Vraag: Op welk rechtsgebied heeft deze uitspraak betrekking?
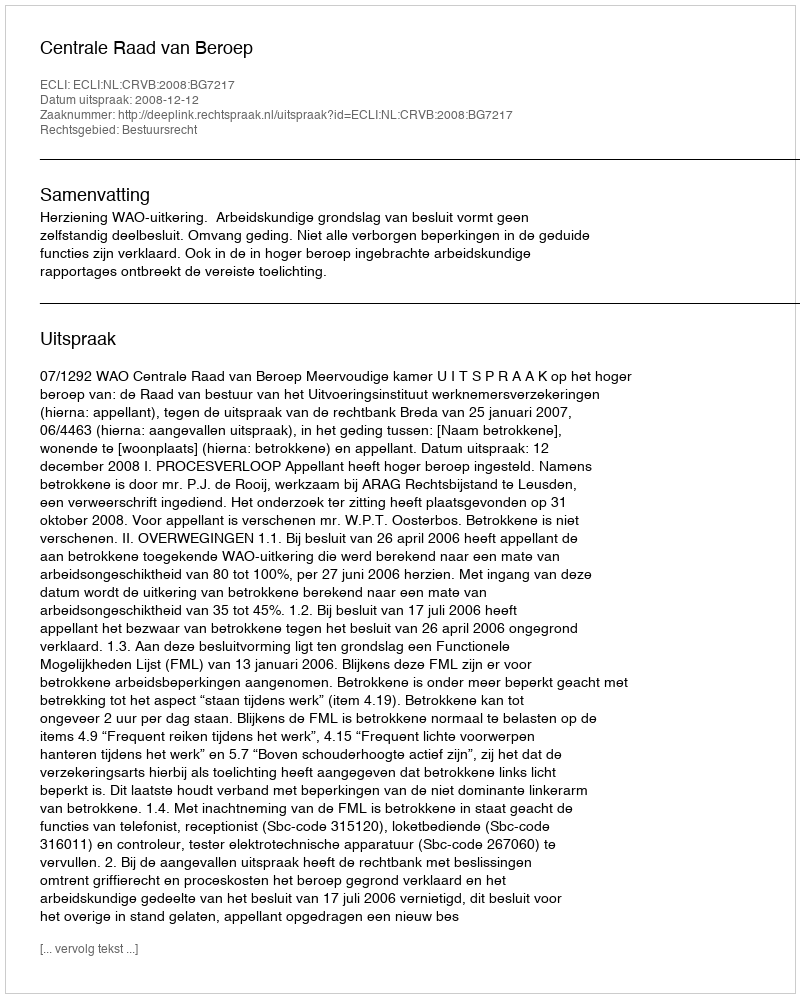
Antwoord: Bestuursrecht